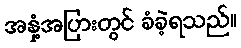
အနှံ့အပြားတွင် ခံခဲ့ရသည်။